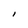
Character: I